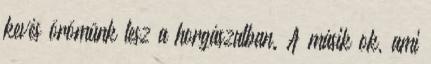
kevés örömünk lesz a horgászatban. A másik ok, ami